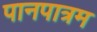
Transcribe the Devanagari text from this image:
पानपात्रम